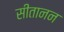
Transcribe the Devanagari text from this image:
सीतानन